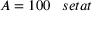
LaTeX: A = 1 0 0 \; \; \; s e t a t